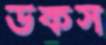
ডকস